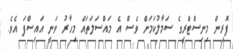
ފޮރިން މިނިސްޓްރީގެ ސަމާލުކަމަށް ވެސް އެ މައްސަލަތައް މިހާރު ވަނީ އައިސްފަ އެވެ.